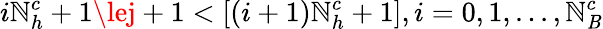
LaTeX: i\mathbb{N}_{h}^{c}+1\lej+1<[(i+1)\mathbb{N}_{h}^{c}+1],i=0,1,...,\mathbb{N}_{\mathit{B}}^{c}